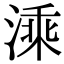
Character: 溗